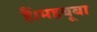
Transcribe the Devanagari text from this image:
हैं।महबूबा